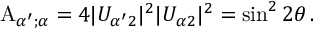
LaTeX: { \mathrm A } _ { \alpha ^ { \prime } ; \alpha } = 4 | U _ { { \alpha ^ { \prime } } 2 } | ^ { 2 } | U _ { { \alpha } 2 } | ^ { 2 } = \sin ^ { 2 } 2 \theta \, .